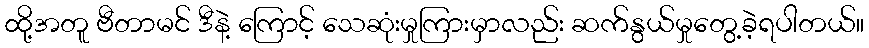
ထို့အတူ ဗီတာမင် ဒီနဲ့ ကြောင့် သေဆုံးမှုကြားမှာလည်း ဆက်နွယ်မှုတွေ့ခဲ့ရပါတယ်။